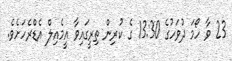
23 ވާ ހޯމަ ދުވަހުގެ 13:30 ގެ ކުރިން ތިރީގައިވާ އީމެއިލް އެޑްރެހަށެވެ.